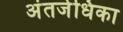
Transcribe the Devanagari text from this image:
अंतर्जधिका